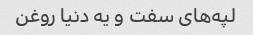
لپه‌های سفت و یه دنیا روغن